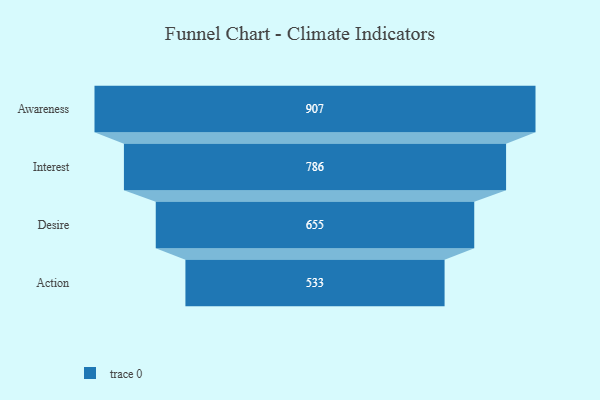
{"axis": {"x": "Stage", "y": "Value"}, "legend": [""], "data": [{"x": "Awareness", "y": 907.0, "type": ""}, {"x": "Interest", "y": 786.0, "type": ""}, {"x": "Desire", "y": 655.0, "type": ""}, {"x": "Action", "y": 533.0, "type": ""}]}